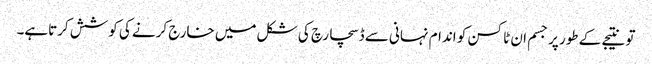
تو نتیجے کے طور پر جسم ان ٹاکسن کو اندام نہانی سے ڈسچارچ کی شکل میں خارج کرنے کی کوشش کرتاہے۔